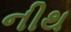
નીથ